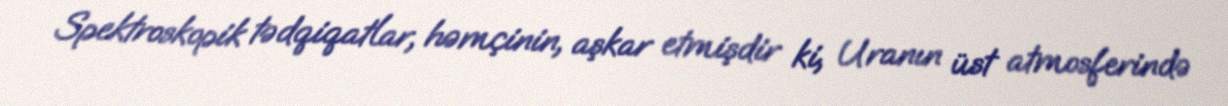
Spektroskopik tədqiqatlar, həmçinin, aşkar etmişdir ki, Uranın üst atmosferində